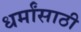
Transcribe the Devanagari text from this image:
धर्मांसाठी